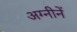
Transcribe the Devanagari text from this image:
अग्नीनें